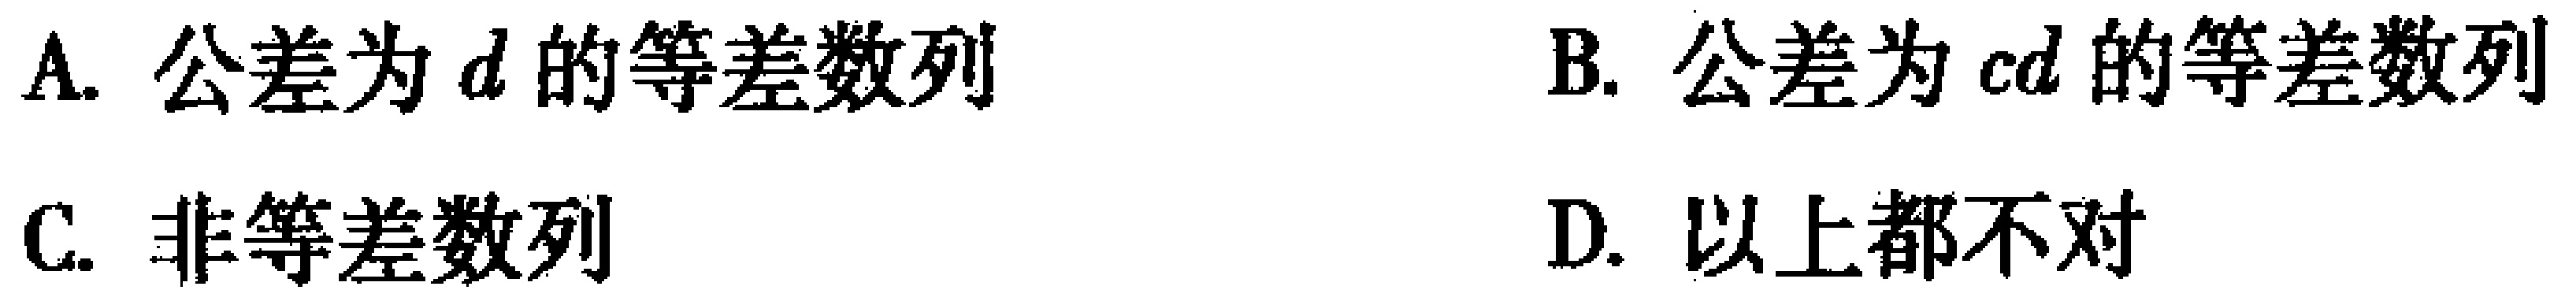
A. 公差为\(d\)的等差数列
B. 公差为\(cd\)的等差数列
C. 非等差数列
D. 以上都不对